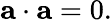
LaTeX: {\mathbf{a}}\cdot{\mathbf{a}}=0.